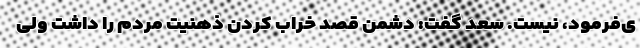
ی‌فرمود، نیست. سعد گفت: دشمن قصد خراب کردن ذهنیت مردم را داشت ولی